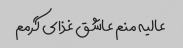
عالیه منم عاشق غذای گرمم